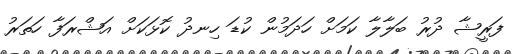
ފަރީޝާ ދުރު ބަލާލާ ކަމަށް ހަދަމުން ކުޑަ ހިނދު ކޮޅަކަށް އަޝްރަފާ ހަތަރު